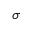
\sigma